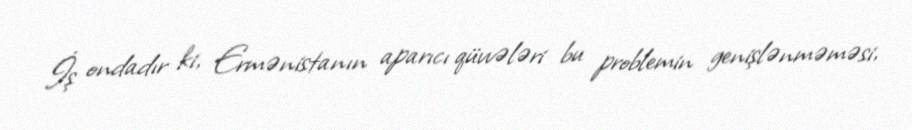
İş ondadır ki, Ermənistanın aparıcı qüvvələri bu problemin genişlənməməsi,